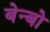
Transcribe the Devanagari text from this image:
बेन्बो